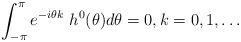
LaTeX: \begin{align*}\int_{-\pi}^{\pi} {e^{-i\theta k}\,\, {h}^0(\theta)} d\theta = 0,k = 0, 1,\dots \end{align*}